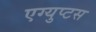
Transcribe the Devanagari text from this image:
एग्युप्टस